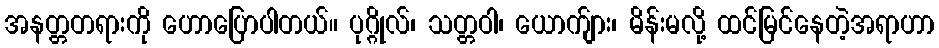
အနတ္တတရားကို ဟောပြောပါတယ်။ ပုဂ္ဂိုလ်၊ သတ္တဝါ၊ ယောက်ျား၊ မိန်းမလို့ ထင်မြင်နေတဲ့အရာဟာ